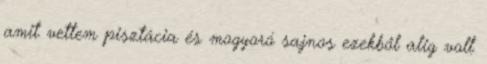
amit vettem pisztácia és mogyoró sajnos ezekből alig volt